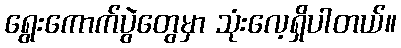
ရွေးကောက်ပွဲတွေမှာ သုံးလေ့ရှိပါတယ်။